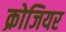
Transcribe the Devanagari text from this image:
क्रोजियर